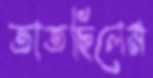
তাতছিলেম